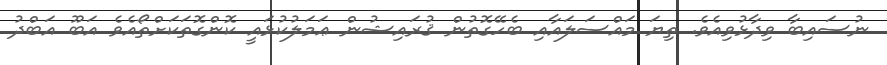
ނުސައިބާ ވިދާޅުވިއެވެ. ތިޔަ މައްސަލައާއި ބެހޭގޮތުން ޤުރައިޝުން ޢަމަލުކުޅައީ ކޮންގޮތަކަށްތޯއެވެ އަބޫ އަބްދު